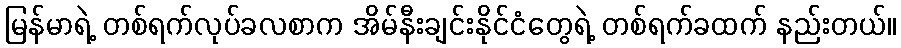
မြန်မာရဲ့ တစ်ရက်လုပ်ခလစာက အိမ်နီးချင်းနိုင်ငံတွေရဲ့ တစ်ရက်ခထက် နည်းတယ်။